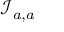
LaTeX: { \mathcal { I } } _ { a , a }